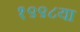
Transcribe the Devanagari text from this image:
१९९८या